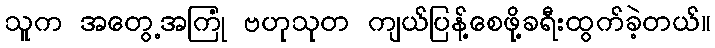
သူက အတွေ့အကြုံ ဗဟုသုတ ကျယ်ပြန့်စေဖို့ခရီးထွက်ခဲ့တယ်။